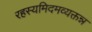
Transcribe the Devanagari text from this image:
रहस्यमिदमव्यक्तन्न